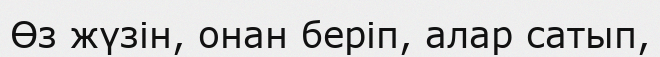
Өз жүзін, онан беріп, алар сатып,